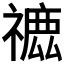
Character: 𥛪